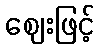
ဈေးဖြင့်